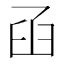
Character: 𦥖